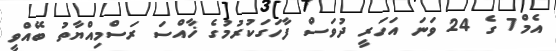
އެމް7 ގެ 24 ވަނަ އަހަރީ ދުވަސް ފާހަގަކުރުމުގެ ޚާއްސަ ރަސްމިއްޔާތު ބޭއްވީ